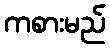
ကစားမည်